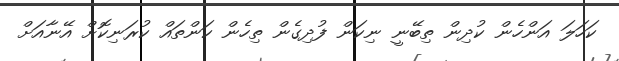
ކަހަލަ އަންހެން ކުދިން ތިބޭނީ ނިކަން ފުދިގެން ތިހެން ކަންތައް ކުރަނިކޮށް އޭނާއަށް